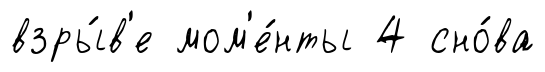
взры́в'е мом'е́нты 4 сно́ва